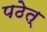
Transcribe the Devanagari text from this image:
पठेत्‌